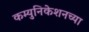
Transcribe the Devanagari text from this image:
कम्युनिकेशनच्या